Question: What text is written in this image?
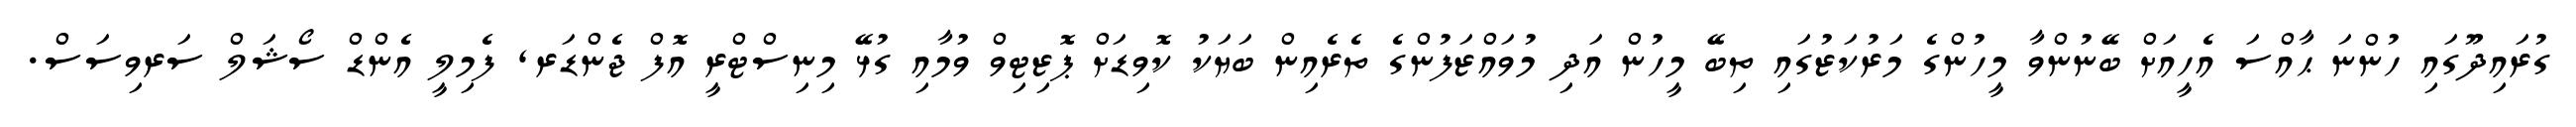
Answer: ގުރައިދޫގައި ހުންނަ ޙާއްސަ އެހީއަށް ބޭނުންވާ މީހުންގެ މަރުކަޒުގައި ތިބޭ މީހުން އަދި މުވައްޒަފުންގެ ތެރެއިން ބަޔަކު ކޮވިޑަށް ޕޮޒިޓިވް ވުމާއި ގުޅޭ މިނިސްޓްރީ އޮފް ޖެންޑަރ, ފެމިލީ އެންޑް ސޯޝަލް ސަރވިސަސް.